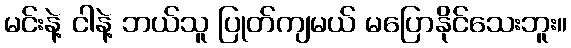
မင်းနဲ့ ငါနဲ့ ဘယ်သူ ပြုတ်ကျမယ် မပြောနိုင်သေးဘူး။